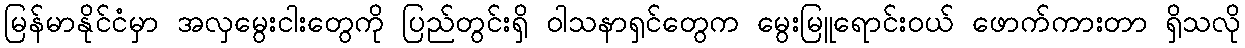
မြန်မာနိုင်ငံမှာ အလှမွေးငါးတွေကို ပြည်တွင်းရှိ ဝါသနာရှင်တွေက မွေးမြူရောင်းဝယ် ဖောက်ကားတာ ရှိသလို